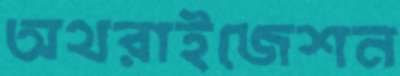
অথরাইজেশন